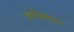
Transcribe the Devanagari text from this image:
अर्थज्ञापन